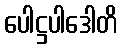
ပေါဋ္ဌပါဒေါတိ